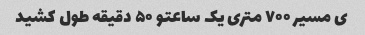
ی مسیر ۷۰۰ متری یک ساعتو ۵۰ دقیقه طول کشید